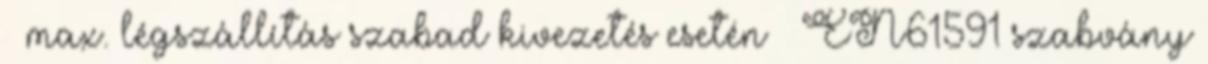
max. légszállítás szabad kivezetés esetén EN61591 szabvány